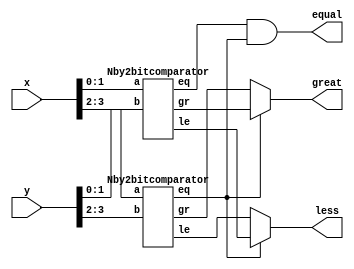
`timescale 1ns / 1ps

module Nbitcomparator(x,y,great,less,equal);
  parameter N=4;
  input [N-1:0]x,y;
  output great,less,equal;
  wire g1,g2,l1,l2,e1,e2;
  Nby2bitcomparator G1(x[N/2-1:0],y[N/2-1:0],g1,e1,l1);
  Nby2bitcomparator G2(x[N-1:N/2],y[N-1:N/2],g2,e2,l2);
  assign equal = e1&e2;
  assign great = (e2)?g1:g2;
  assign less = e2?l1:l2;
endmodule 


module Nby2bitcomparator(a,b,gr,eq,le);
  parameter N=4;
  input [N/2-1:0]a,b;
  output reg gr,le,eq;
  always @(*)
    begin
      if(a==b) begin eq=1; gr=0; le=0; end
      else if (a<b) begin eq=0; gr=0; le=1; end
      else if (a>b) begin eq=0; gr=1; le=0; end
    end 
endmodule